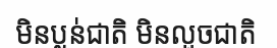
មិនប្លន់ជាតិ មិនលួចជាតិ